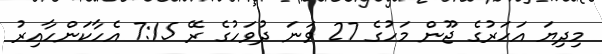
މިދިޔަ އަހަރުގެ ޖޫން މަހުގެ 27 ވަނަ ދުވަހުގެ ރޭ 7:15 އެހާކަންހާއިރު